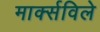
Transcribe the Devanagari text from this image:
मार्क्सविले